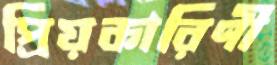
প্রিয়কারিণী